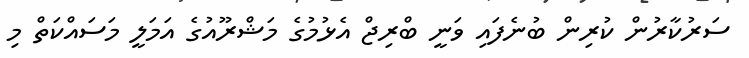
ސަރުކާރުން ކުރިން ބުނެފައި ވަނީ ބްރިޖް އެޅުމުގެ މަޝްރޫއުގެ އަމަލީ މަސައްކަތް މި